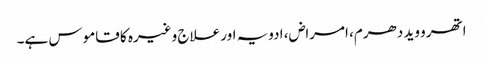
اتھرو وید دھرم، امراض، ادویہ اور علاج وغیرہ کا قاموس ہے۔